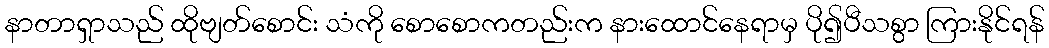
နာတာရှာသည် ထိုဗျတ်စောင်း သံကို စောစောကတည်းက နားထောင်နေရာမှ ပို၍ပီသစွာ ကြားနိုင်ရန်